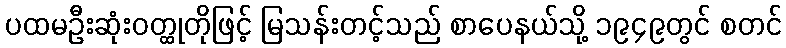
ပထမဦးဆုံးဝတ္ထုတိုဖြင့် မြသန်းတင့်သည် စာပေနယ်သို့ ၁၉၄၉တွင် စတင်